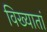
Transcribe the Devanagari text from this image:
विख्यातां